Document type: Enfranchisement
Year: 1297
Scribe: Jaume de Trilla
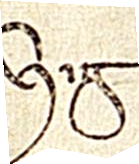
Sig